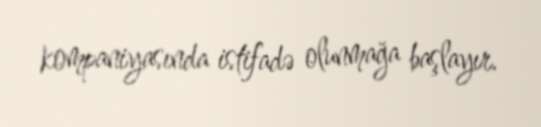
kompaniyasında istifadə olunmağa başlayır.